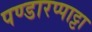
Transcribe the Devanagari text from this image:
पण्डारप्पाट्टा